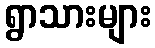
ရွာသားများ